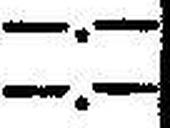
—.—